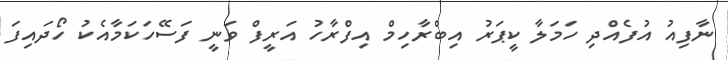
ނާފިއު އުފެއްދި ހަމަލާ ކީޕަރު އިބްރާހިމް އިފްރާހު އަރީފް ވަނީ ފަސޭހަކަމާއެކު ހޯދައިފަ